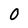
Character: 0